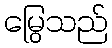
မြွေသည်